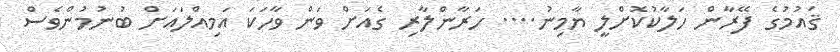
ޤައުމުގެ ފޭރާން ހަލާކުކޮށްލީ ޔާމިނު.... ހަރާންލާރި ގެއަށް ވަން ވާހަކަ އަމިއްލައަށް ބުނުމުންވެސް